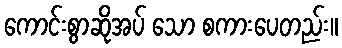
ကောင်းစွာဆိုအပ် သော စကားပေတည်း။